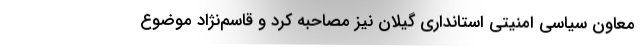
معاون سیاسی امنیتی استانداری گیلان نیز مصاحبه کرد و قاسم‌نژاد موضوع